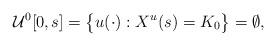
LaTeX: \begin{align*}\mathcal{U}^0[0,s]=\big{\{}u(\cdot):X^u(s)=K_0 \big{\}}=\emptyset,\end{align*}